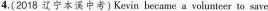
4.(2018 辽宁本溪中考) Kevin became a volunteer to save